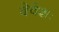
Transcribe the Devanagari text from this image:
देवेशः